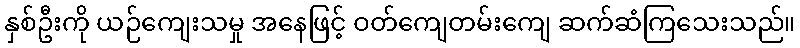
နှစ်ဦးကို ယဉ်ကျေးသမှု အနေဖြင့် ဝတ်ကျေတမ်းကျေ ဆက်ဆံကြသေးသည်။